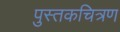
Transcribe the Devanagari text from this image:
पुस्तकचित्रण